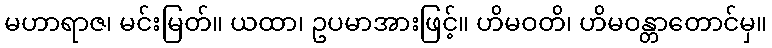
မဟာရာဇ၊ မင်းမြတ်။ ယထာ၊ ဥပမာအားဖြင့်။ ဟိမဝတိ၊ ဟိမဝန္တာတောင်မှ။